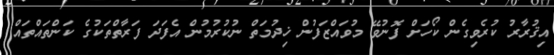
އިޤުރާރު ކުރެވިގެން ކޯހަށް ފޮނުވޭ މުވައްޒަފުން ޚިދުމަތް ނުކުރުމުން އެފަދަ ފަރާތްތަކުގެ ކަންތައްތައް